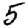
Digit: 5